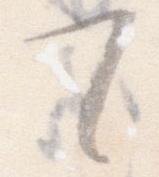
て